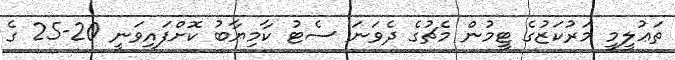
ތަޢުލީމީ މަރުކަޒުގެ ޓީމުން މެޗުގެ ދެވަނަ ސެޓު ކާމިޔާބު ކޮށްފައިވަނީ 20-25 ގެ